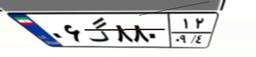
۰۶گ۸۸۰۱۲